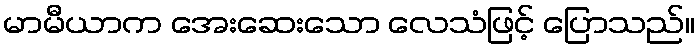
မာမီယာက အေးဆေးသော လေသံဖြင့် ပြောသည်။